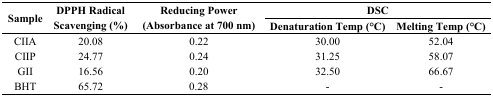
| <ROWSPAN=2> Sample | <ROWSPAN=2> DPPH Radical Scavenging (%) | <ROWSPAN=2> Reducing Power (Absorbance at 700 nm) | <COLSPAN=2> DSC |
 | Denaturation Temp (°C) | Melting Temp (°C) |
 | --- | --- | --- | --- | --- |
 | CIIA | 20.08 | 0.22 | 30.00 | 52.04 |
 | CIIP | 24.77 | 0.24 | 31.25 | 58.07 |
 | GII | 16.56 | 0.20 | 32.50 | 66.67 |
 | BHT | 65.72 | 0.28 | - | - |